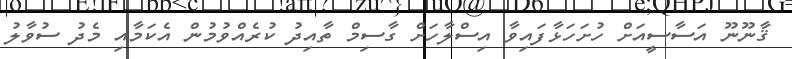
ޤާނޫނޫ އަސާސީއަށް ހުށަހަޅާފައިވާ އިސްލާހަށް ގާސިމް ތާއިދު ކުރެއްވުމުން އެކަމާއި މެދު ސުވާލު